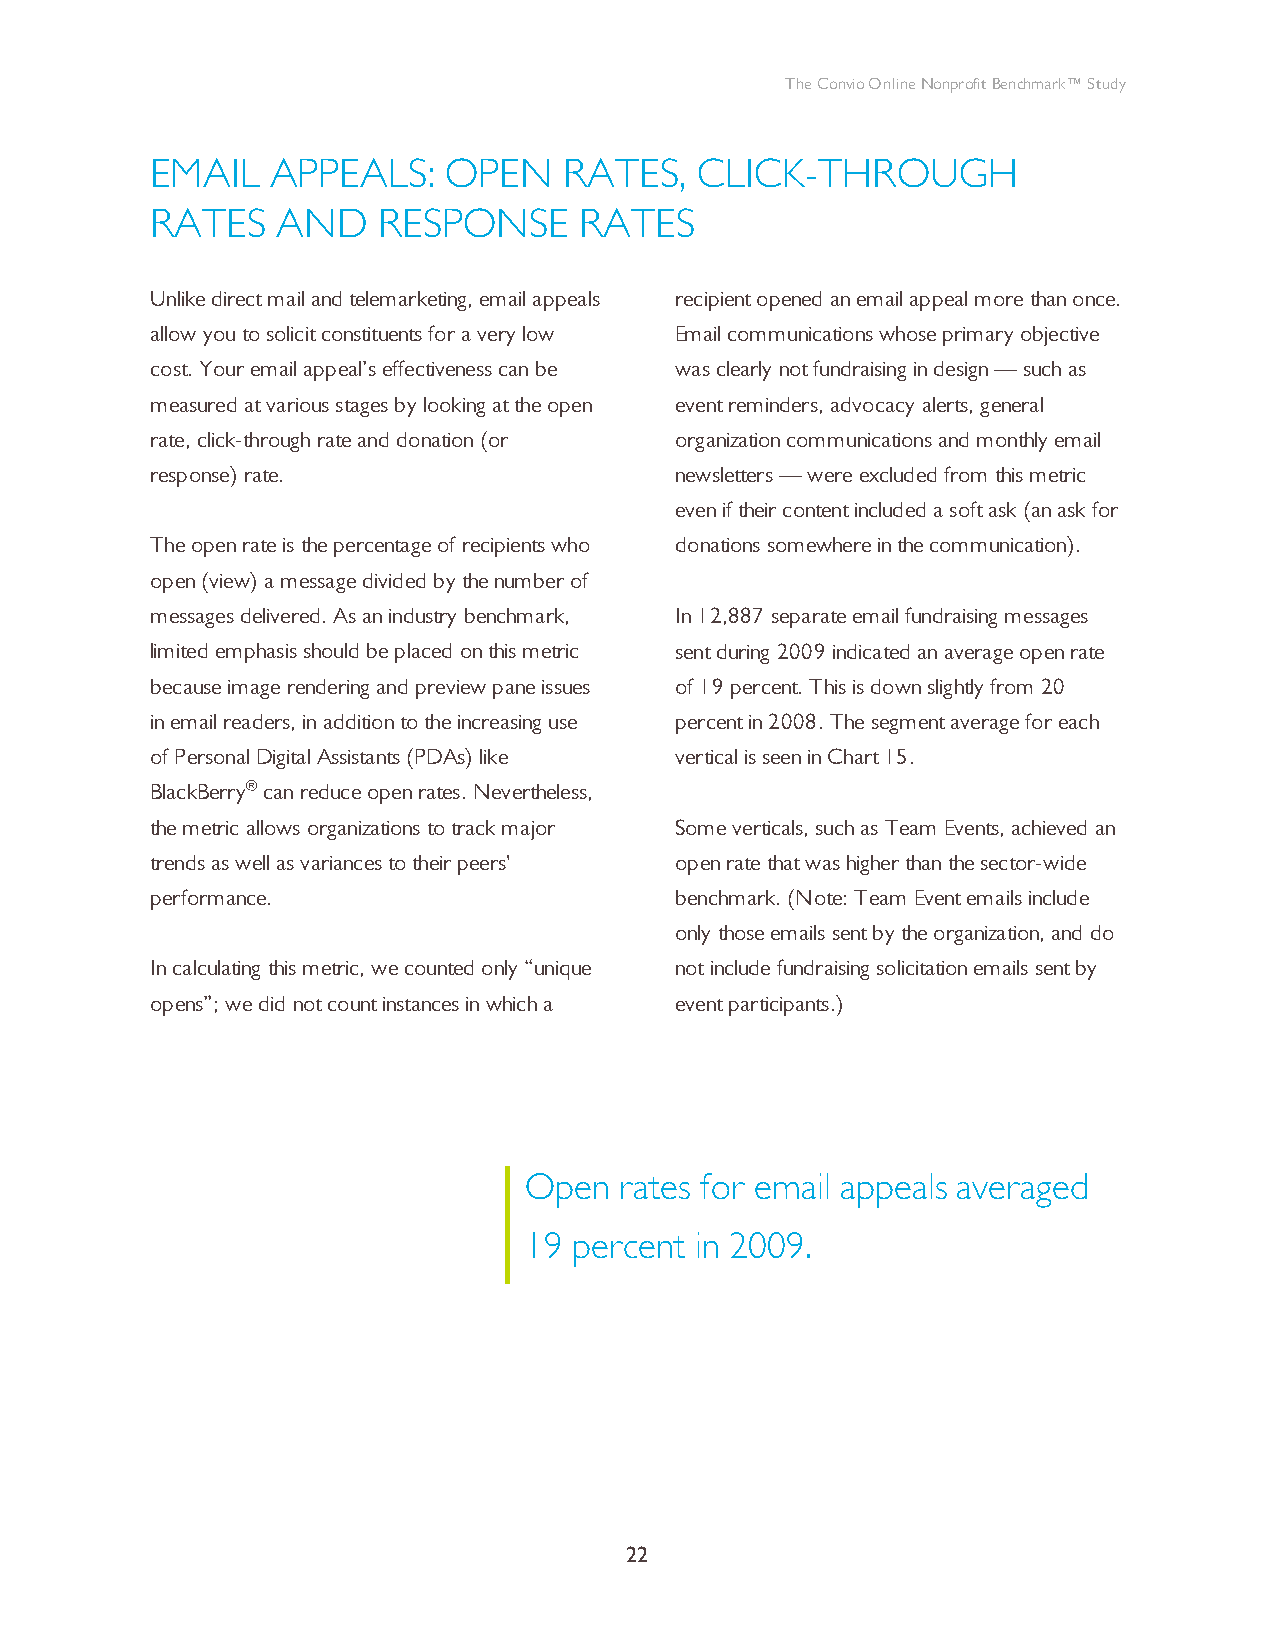
The Convio Online Nonprofit Benchmark™ Study
 EMAIL   APPEALS:   OPEN    RATES,   CLICK-THROUGH
 RATES   AND    RESPONSE     RATES
 Unlike direct mail and telemarketing, email appeals recipient opened an email appeal more than once.
 allow you to solicit constituents for a very low Email communications whose primary objective
 cost. Your email appeal’s effectiveness can be was clearly not fundraising in design — such as
 measured at various stages by looking at the open event reminders, advocacy alerts, general
 rate, click-through rate and donation (or organization communications and monthly email
 response) rate.                    newsletters — were excluded from this metric
 even if their content included a soft ask (an ask for
 The open rate is the percentage of recipients who donations somewhere in the communication).
 open (view) a message divided by the number of
 messages delivered. As an industry benchmark, In 12,887 separate email fundraising messages
 limited emphasis should be placed on this metric sent during 2009 indicated an average open rate
 because image rendering and preview pane issues of 19 percent. This is down slightly from 20
 in email readers, in addition to the increasing use percent in 2008. The segment average for each
 of Personal Digital Assistants (PDAs) like vertical is seen in Chart 15.
 BlackBerry® can reduce open rates. Nevertheless,
 the metric allows organizations to track major Some verticals, such as Team Events, achieved an
 trends as well as variances to their peers' open rate that was higher than the sector-wide
 performance.                       benchmark. (Note: Team Event emails include
 only those emails sent by the organization, and do
 In calculating this metric, we counted only “unique not include fundraising solicitation emails sent by
 opens”; we did not count instances in which a event participants.)
 Open  rates for email appeals averaged
 19 percent in 2009.
 22